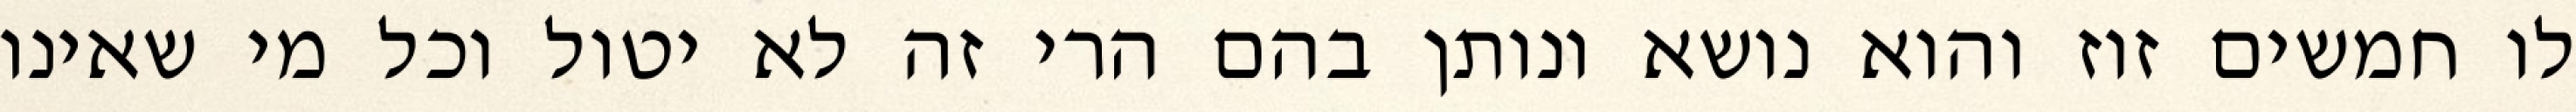
לו חמשים זוז והוא נושא ונותן בהם הרי זה לא יטול וכל מי שאינו